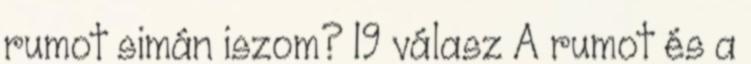
rumot simán iszom? 19 válasz A rumot és a